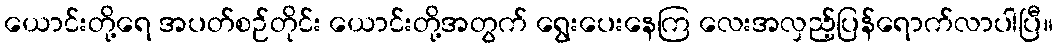
ယောင်းတို့ရေ အပတ်စဉ်တိုင်း ယောင်းတို့အတွက် ရွေးပေးနေကြ လေးအလှည့်ပြန်ရောက်လာပါပြီ။